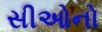
સીઓનો